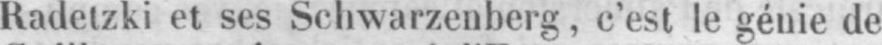
Radetzki et ses Schwarzenberg, c’est le génie de